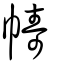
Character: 幬